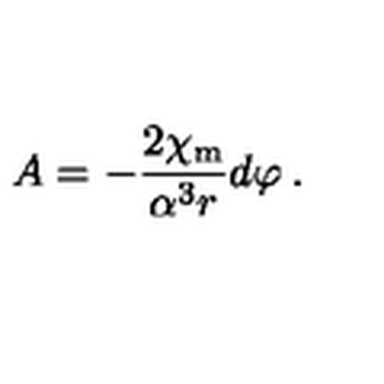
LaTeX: A = - \frac { 2 \chi _ { \mathrm { m } } } { \alpha ^ { 3 } r } d \varphi \: .